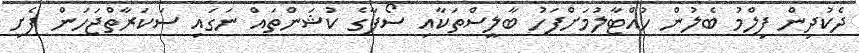
ދެކުދިން ފިލްމު ބެލުން ހުއްޓާލުމަށްފަހު ބާލީސްތަކާއި ސޯފާގެ ކުޝަންތައް ނަގައި ސަކަރާތްޖަހަން ފެށި